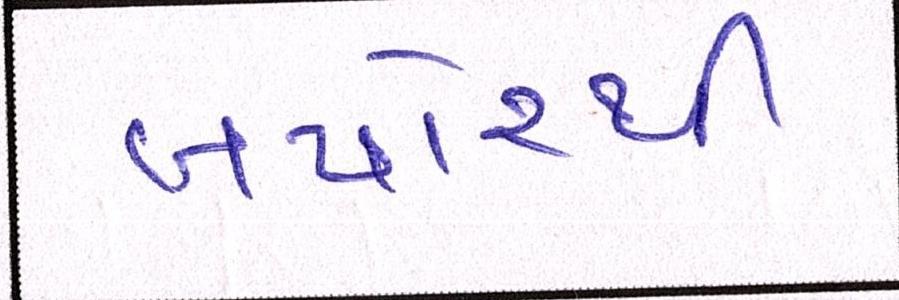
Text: બપોરથી